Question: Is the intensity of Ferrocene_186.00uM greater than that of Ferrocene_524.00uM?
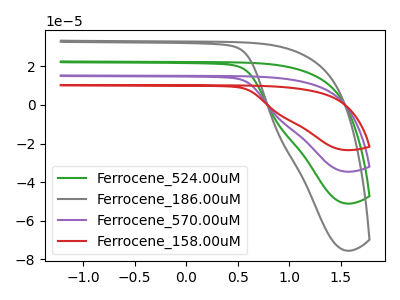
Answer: <think>The green curve "Ferrocene_524.00uM" has no peaks. The gray curve "Ferrocene_186.00uM" has no peaks. The purple curve "Ferrocene_570.00uM" has no peaks. The red curve "Ferrocene_158.00uM" has no peaks.
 Neither "Ferrocene_186.00uM" or "Ferrocene_524.00uM" have any peaks.</think>
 <answer>I cant tell if "Ferrocene_186.00uM" or "Ferrocene_524.00uM" has more signal.</answer>
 <eval>mixed_signal</eval>